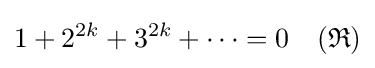
1+2^{2k}+3^{2k}+\cdots =0\quad ({\mathfrak {R}})